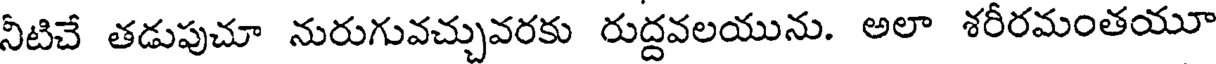
నీటిచే తడుపుచూ నురుగువచ్చువరకు రుద్దవలయును. అలా శరీరమంతయూ